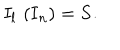
I _ { l } \, \left( { \bf I } _ { n } \right) = { \bf S . }